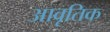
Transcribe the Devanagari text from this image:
आवृतिक